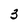
Character: 3